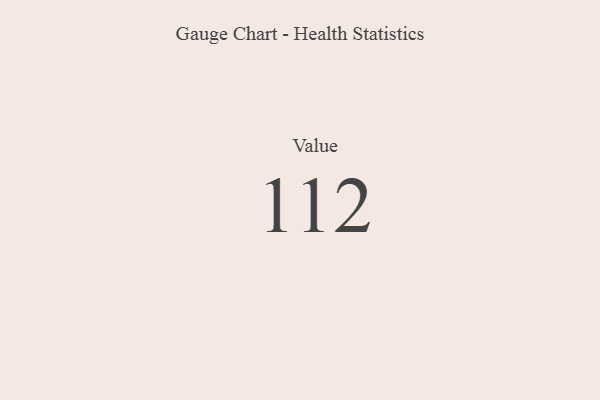
{"axis": {"x": "Metric", "y": "Value"}, "legend": [""], "data": [{"x": "Value", "y": 112, "type": ""}]}